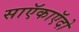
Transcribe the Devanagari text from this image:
साऍकाऍदो